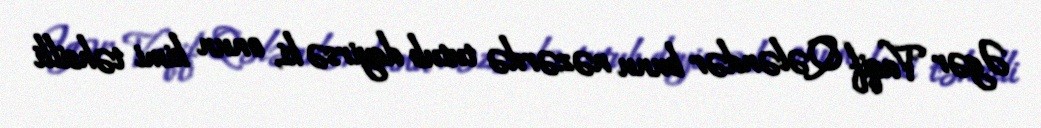
Əgər Vaqif Qələndər bunu nəzərdə tutub deyirsə ki, onun kimi təhsilli